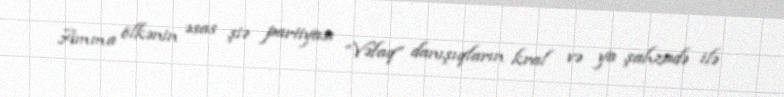
Amma ölkənin əsas şiə partiyası “Vəfaq” danışıqların kral və ya şahzadə ilə